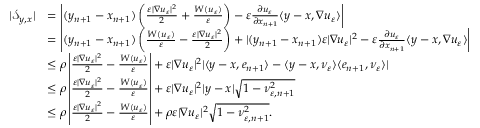
\begin{array} { r l } { | \mathcal S _ { y , x } | } & { = \left| ( y _ { n + 1 } - x _ { n + 1 } ) \left( \frac { \varepsilon | \nabla u _ { \varepsilon } | ^ { 2 } } { 2 } + \frac { W ( u _ { \varepsilon } ) } { \varepsilon } \right) - \varepsilon \frac { \partial u _ { \varepsilon } } { \partial x _ { n + 1 } } \langle y - x , \nabla u _ { \varepsilon } \rangle \right| } \\ & { = \left| ( y _ { n + 1 } - x _ { n + 1 } ) \left( \frac { W ( u _ { \varepsilon } ) } { \varepsilon } - \frac { \varepsilon | \nabla u _ { \varepsilon } | ^ { 2 } } { 2 } \right) + | ( y _ { n + 1 } - x _ { n + 1 } ) \varepsilon | \nabla u _ { \varepsilon } | ^ { 2 } - \varepsilon \frac { \partial u _ { \varepsilon } } { \partial x _ { n + 1 } } \langle y - x , \nabla u _ { \varepsilon } \rangle \right| } \\ & { \leq \rho \left| \frac { \varepsilon | \nabla u _ { \varepsilon } | ^ { 2 } } { 2 } - \frac { W ( u _ { \varepsilon } ) } { \varepsilon } \right| + \varepsilon | \nabla u _ { \varepsilon } | ^ { 2 } | \langle y - x , e _ { n + 1 } \rangle - \langle y - x , \nu _ { \varepsilon } \rangle \langle e _ { n + 1 } , \nu _ { \varepsilon } \rangle | } \\ & { \leq \rho \left| \frac { \varepsilon | \nabla u _ { \varepsilon } | ^ { 2 } } { 2 } - \frac { W ( u _ { \varepsilon } ) } { \varepsilon } \right| + \varepsilon | \nabla u _ { \varepsilon } | ^ { 2 } | y - x | \sqrt { 1 - \nu _ { \varepsilon , n + 1 } ^ { 2 } } } \\ & { \leq \rho \left| \frac { \varepsilon | \nabla u _ { \varepsilon } | ^ { 2 } } { 2 } - \frac { W ( u _ { \varepsilon } ) } { \varepsilon } \right| + \rho \varepsilon | \nabla u _ { \varepsilon } | ^ { 2 } \sqrt { 1 - \nu _ { \varepsilon , n + 1 } ^ { 2 } } . } \end{array}